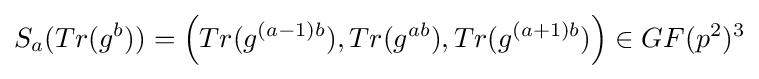
S_{a}(Tr(g^{b}))=\left(Tr(g^{(a-1)b}),Tr(g^{ab}),Tr(g^{(a+1)b})\right)\in GF(p^{2})^{3}